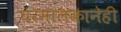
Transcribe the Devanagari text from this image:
घरमालकानेही